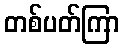
တစ်ပတ်ကြာ